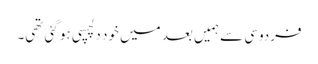
فردوسی سے ہمیں بعد میں خود دلچسپی ہو گئی تھی۔